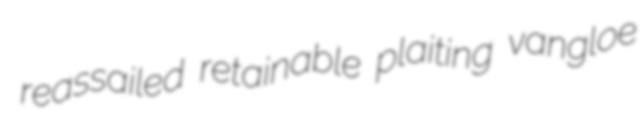
reassailed retainable plaiting vangloe